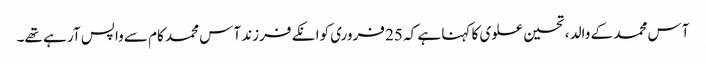
آس محمد کے والد ، تحسین علوی کا کہنا ہے کہ 25 فروری کوانکے فرزند آس محمد کام سے واپس آر ہے تھے۔